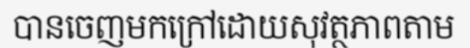
បានចេញមកក្រៅដោយសុវត្ថភាពតាម